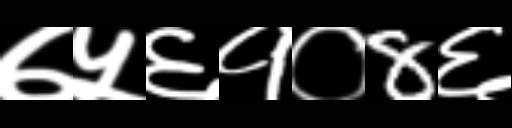
Text: ७५६१०8६